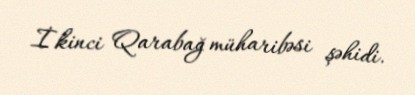
İkinci Qarabağ müharibəsi şəhidi.